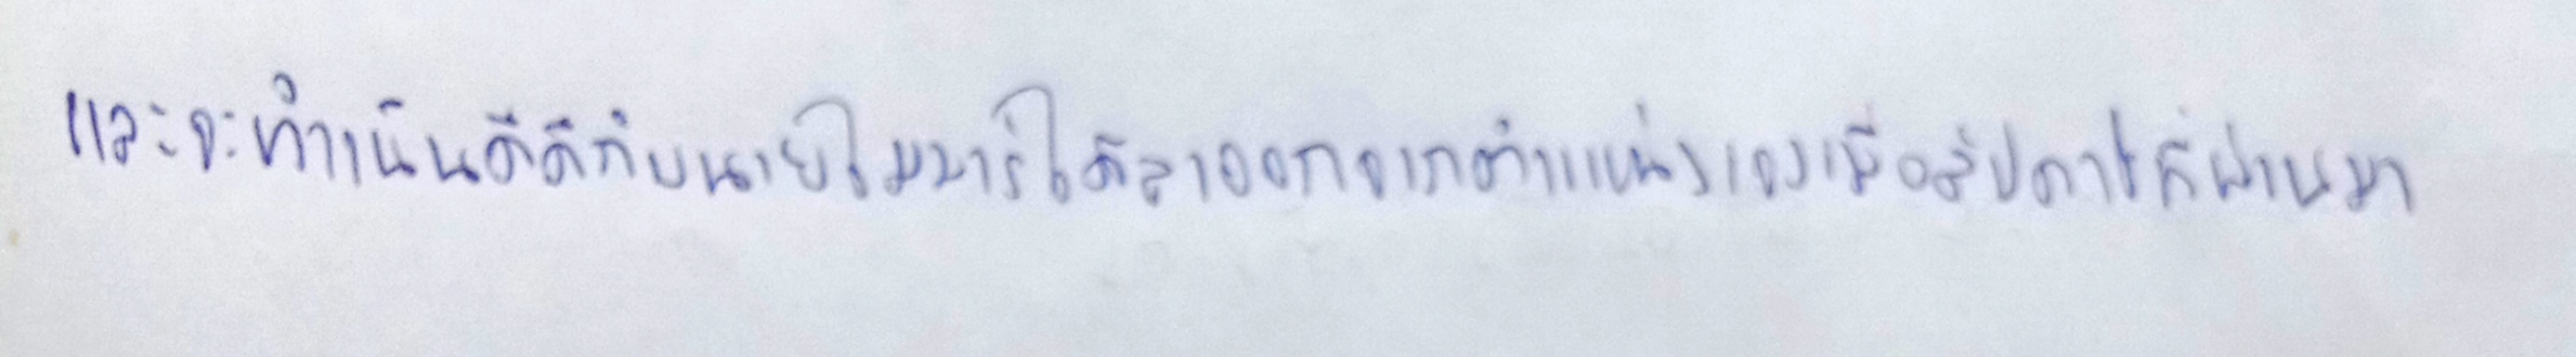
และจะดำเนินคดีกับนายไมนาร์ได้ลาออกจากตำแหน่งเองเมื่อสัปดาห์ที่ผ่านมา